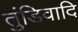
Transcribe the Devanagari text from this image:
तुंडिवादि